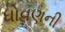
ધોવણની